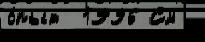
о́пыт  1996 См